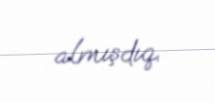
almışdıq.